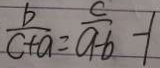
\frac { b } { c + a } = \frac { c } { a - b } - 1